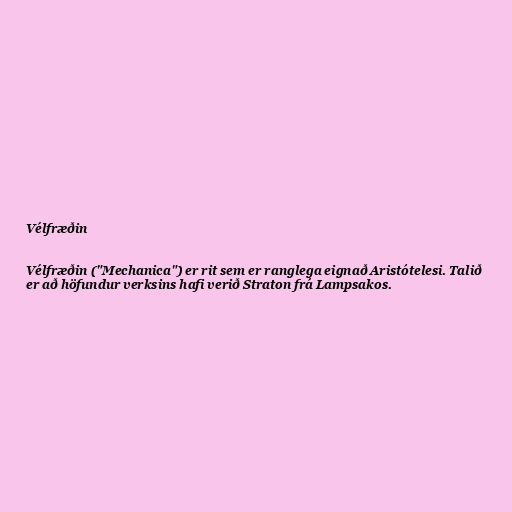
Vélfræðin

Vélfræðin ("Mechanica") er rit sem er ranglega eignað Aristótelesi. Talið
er að höfundur verksins hafi verið Straton frá Lampsakos.